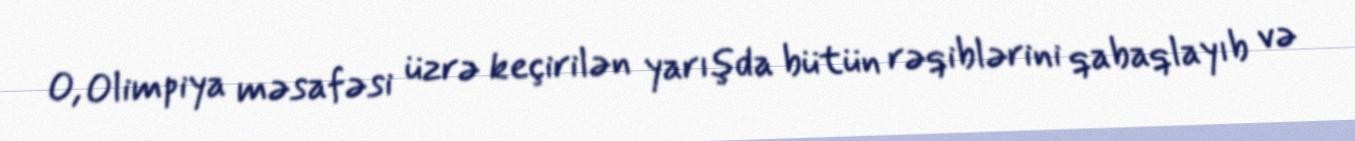
O, Olimpiya məsafəsi üzrə keçirilən yarışda bütün rəqiblərini qabaqlayıb və